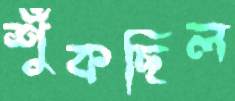
শুঁকছিল